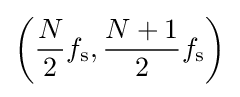
\left({\frac {N}{2}}f_{\mathrm {s} },{\frac {N+1}{2}}f_{\mathrm {s} }\right)